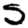
Digit: 5